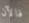
فالآن